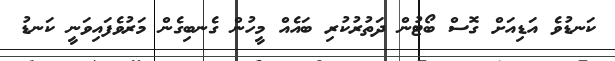
ކަނޑުވެ އަޑިއަށް ގޮސް ބޯޓުން ދަތުރުކުރި ބައެއް މީހުން ގެނބިގެން މަރުވެފައިވަނީ ކަނޑު